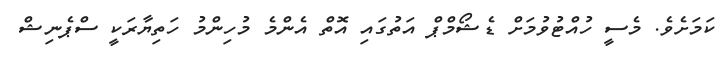
ކަމަށެވެ. މެސީ ހުއްޓުވުމަށް ޑެޝޯމްޕް އަތުގައި އޮތް އެންމެ މުހިންމު ހަތިޔާރަކީ ސްޕެނިޝް